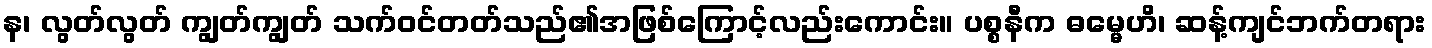
န၊ လွတ်လွတ် ကျွတ်ကျွတ် သက်ဝင်တတ်သည်၏အဖြစ်ကြောင့်လည်းကောင်း။ ပစ္စနီက ဓမ္မေဟိ၊ ဆန့်ကျင်ဘက်တရား